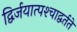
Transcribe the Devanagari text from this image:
द्विर्जयात्पश्‍चाद्वर्तते